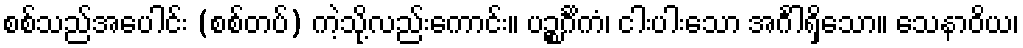
စစ်သည်အပေါင်း (စစ်တပ်) ကဲ့သို့လည်းကောင်း။ ပဉ္စင်္ဂိကံ၊ ငါးပါးသော အင်္ဂါရှိသော။ သေနာဝိယ၊